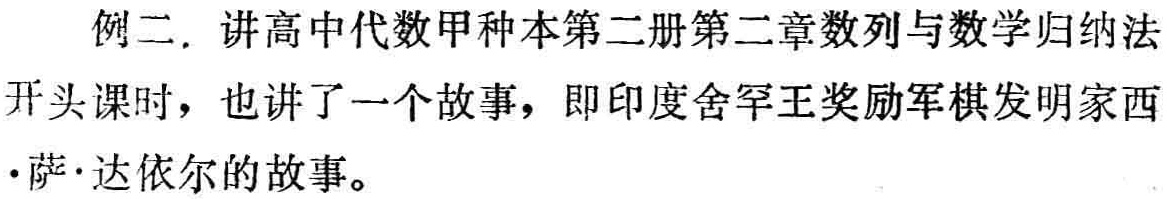
例二. 讲高中代数甲种本第二册第二章数列与数学归纳法开头课时，也讲了一个故事，即印度舍罕王奖励军棋发明家西·萨·达依尔的故事。